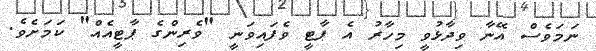
ނަމަވެސް އޭނާ ވިދާޅުވީ މިހާރު އެ ޕާޓީ ވެފައިވަނީ "ވެރިންގެ ޕާޓީއެއް" ކަމަށެވެ.